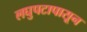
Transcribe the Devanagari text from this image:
लघुपटापासून